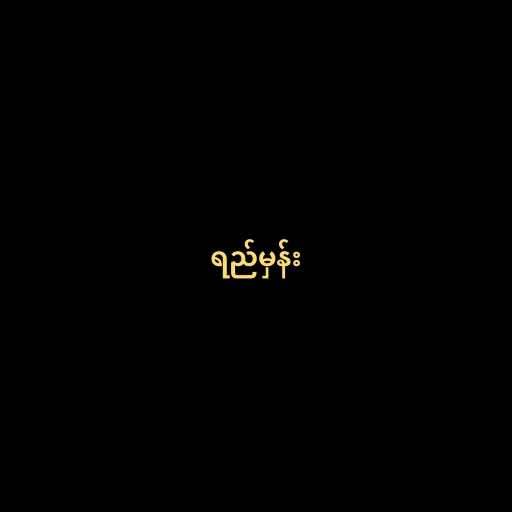
ရည်မှန်း